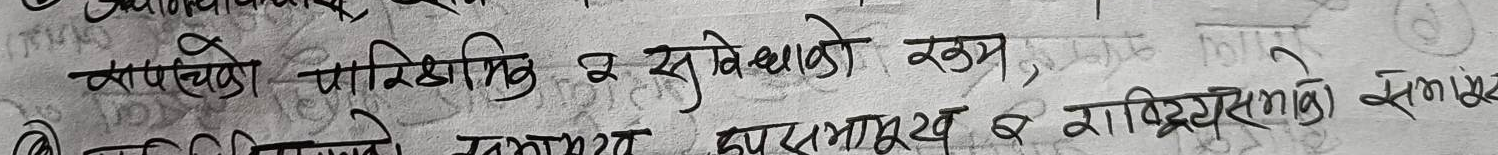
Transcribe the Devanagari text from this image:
व्यावसायीको पारिश्रमिक र सुविधाको रकम,
पार्टीले असहमति उपर समूह र राष्ट्रियसभाको समाजमा